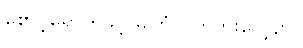
စောင့်ရှောက်ခွင့် မကြုံလိုက်ဘူးပေါ့ဗျာ။